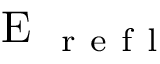
\mathrm { ~ E ~ } _ { \mathrm { ~ r ~ e ~ f ~ l ~ } }